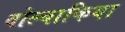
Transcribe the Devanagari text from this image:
वोल्बाकिया